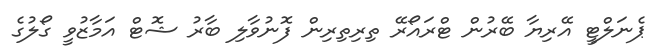
ޕެނަލްޓީ އޭރިޔާ ބޭރުން ޓްރައޯރޭ ތިރިތިރިން ފޮނުވާލި ބާރު ޝޮޓް އަމާޒުވީ ގޯލުގެ